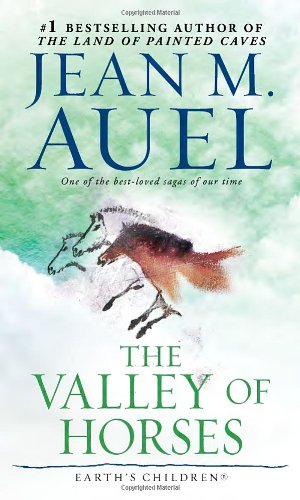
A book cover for The Valley of Horses (Earth's Children, Book 2); Jean M. Auel; Literature & Fiction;